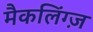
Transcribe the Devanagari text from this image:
मैकलिंग्ज़